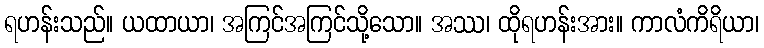
ရဟန်းသည်။ ယထာယာ၊ အကြင်အကြင်သို့သော။ အဿ၊ ထိုရဟန်းအား။ ကာလံကိရိယာ၊